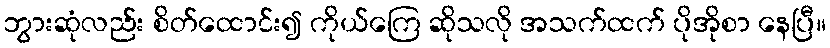
ဘွားဆုံလည်း စိတ်ထောင်း၍ ကိုယ်ကြေ ဆိုသလို အသက်ထက် ပိုအိုစာ နေပြီ။